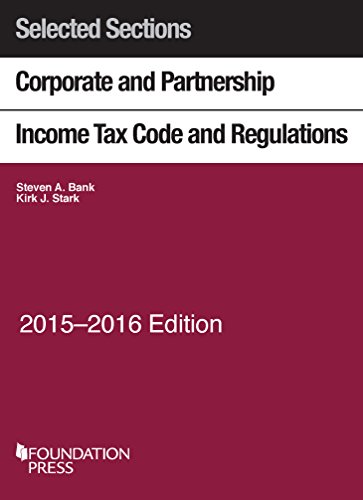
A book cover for Selected Sections Corporate and Partnership Income Tax Code and Regulations, 2015-2016 (Selected Statutes); Steven Bank; Law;